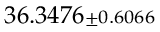
3 6 . 3 4 7 6 { \scriptstyle \pm 0 . 6 0 6 6 }